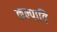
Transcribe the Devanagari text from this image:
कल्पादि